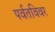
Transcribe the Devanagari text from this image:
पर्वतविवर